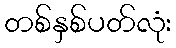
တစ်နှစ်ပတ်လုံး